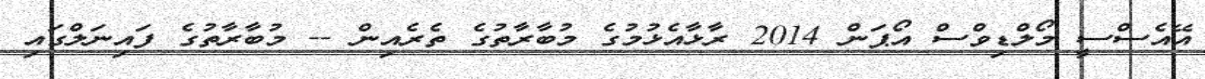
އޭއެސްސީ މޯލްޑިވްސް އޯޕަން 2014 ރާޅާއެޅުމުގެ މުބާރާތުގެ ތެރެއިން -- މުބާރާތުގެ ފައިނަލްގައި